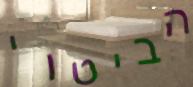
הביטוי